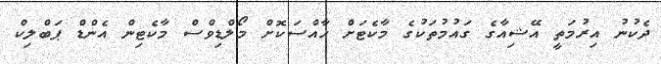
ދެކުނު އިރުމަތީ އޭޝިއާގެ ގައުމުތަކުގެ މާކެޓަށް ހާއްސަކޮށް މޯލްޑިވްސް މާކެޓިން އެންޑް ޕަބްލިކް